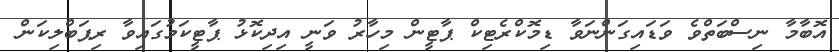
އޮބާމާ ނިސްބަތްވެ ވަޑައިގަންނަވާ ޑިމޮކްރެޓިކް ޕާޓީން މިހާރު ވަނީ އިދިކޮޅު ޕާޓީކަމުގައިވާ ރިޕަބްލިކަން